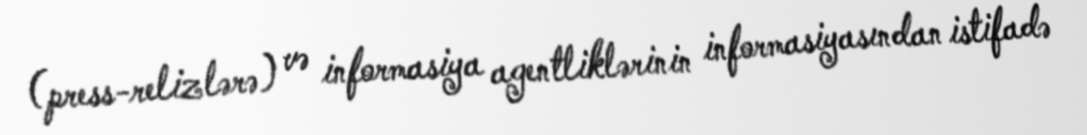
(press-relizlərə) və informasiya agentliklərinin informasiyasından istifadə